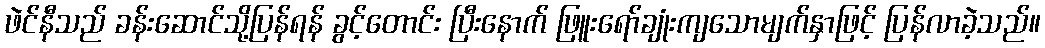
ဖဲင်နီသည် ခန်းဆောင်သို့ပြန်ရန် ခွင့်တောင်း ပြီးနောက် ဖြူးရော်ချုံးကျသောမျက်နှာဖြင့် ပြန်လာခဲ့သည်။